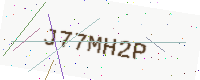
Text: J77MH2P